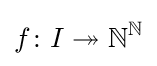
f\colon I\twoheadrightarrow {\mathbb {N} }^{\mathbb {N} }